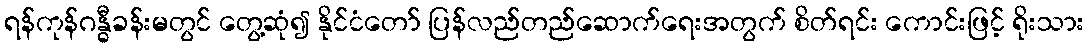
ရန်ကုန်ဂန္ဓီခန်းမတွင် တွေ့ဆုံ၍ နိုင်ငံတော် ပြန်လည်တည်ဆောက်ရေးအတွက် စိတ်ရင်း ကောင်းဖြင့် ရိုးသား